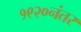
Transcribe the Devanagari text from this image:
१९२०नंतर